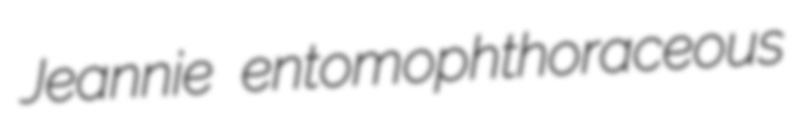
Jeannie entomophthoraceous